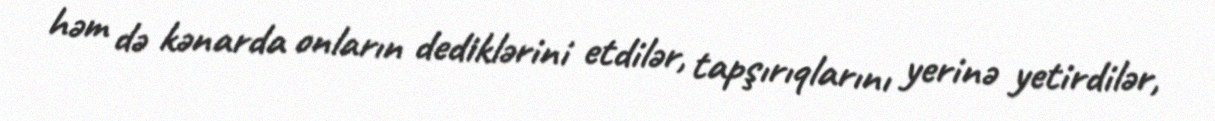
həm də kənarda onların dediklərini etdilər, tapşırıqlarını yerinə yetirdilər,